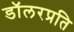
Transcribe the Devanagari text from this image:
डॉलरप्रति